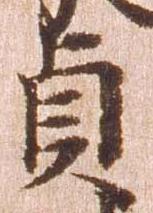
貞